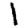
Digit: 1